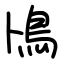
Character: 鳪